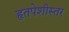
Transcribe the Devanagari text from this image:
हृतपेशीस्तर